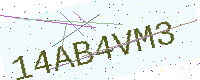
Text: 14AB4VM3